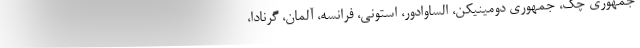
جمهوری چک، جمهوری دومینیکن، الساوادور، استونی، فرانسه، آلمان، گرنادا،